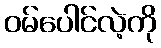
ဝမ်ပေါင်လဲ့ကို